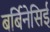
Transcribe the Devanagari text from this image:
बर्बिनेसिई